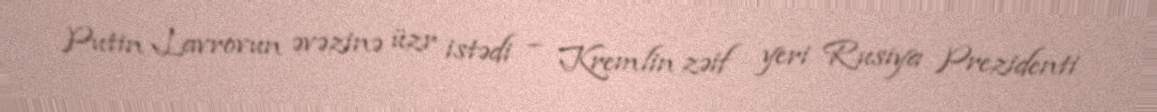
Putin Lavrovun əvəzinə üzr istədi – Kremlin zəif yeri Rusiya Prezidenti